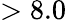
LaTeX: >8.0